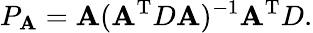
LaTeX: P_{\mathbf{A}}=\mathbf{A}(\mathbf{A}^{\mathrm{{T}}}D\mathbf{A})^{-1}\mathbf{A}^{\mathrm{{T}}}D.